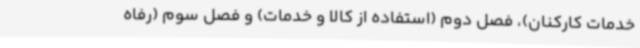
خدمات کارکنان)، فصل دوم (استفاده از کالا و خدمات) و فصل سوم (رفاه